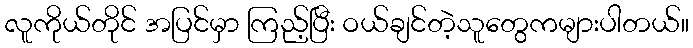
လူကိုယ်တိုင် အပြင်မှာ ကြည့်ပြီး ဝယ်ချင်တဲ့သူတွေကများပါတယ်။